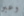
وعبر